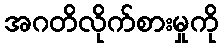
အဂတိလိုက်စားမှုကို